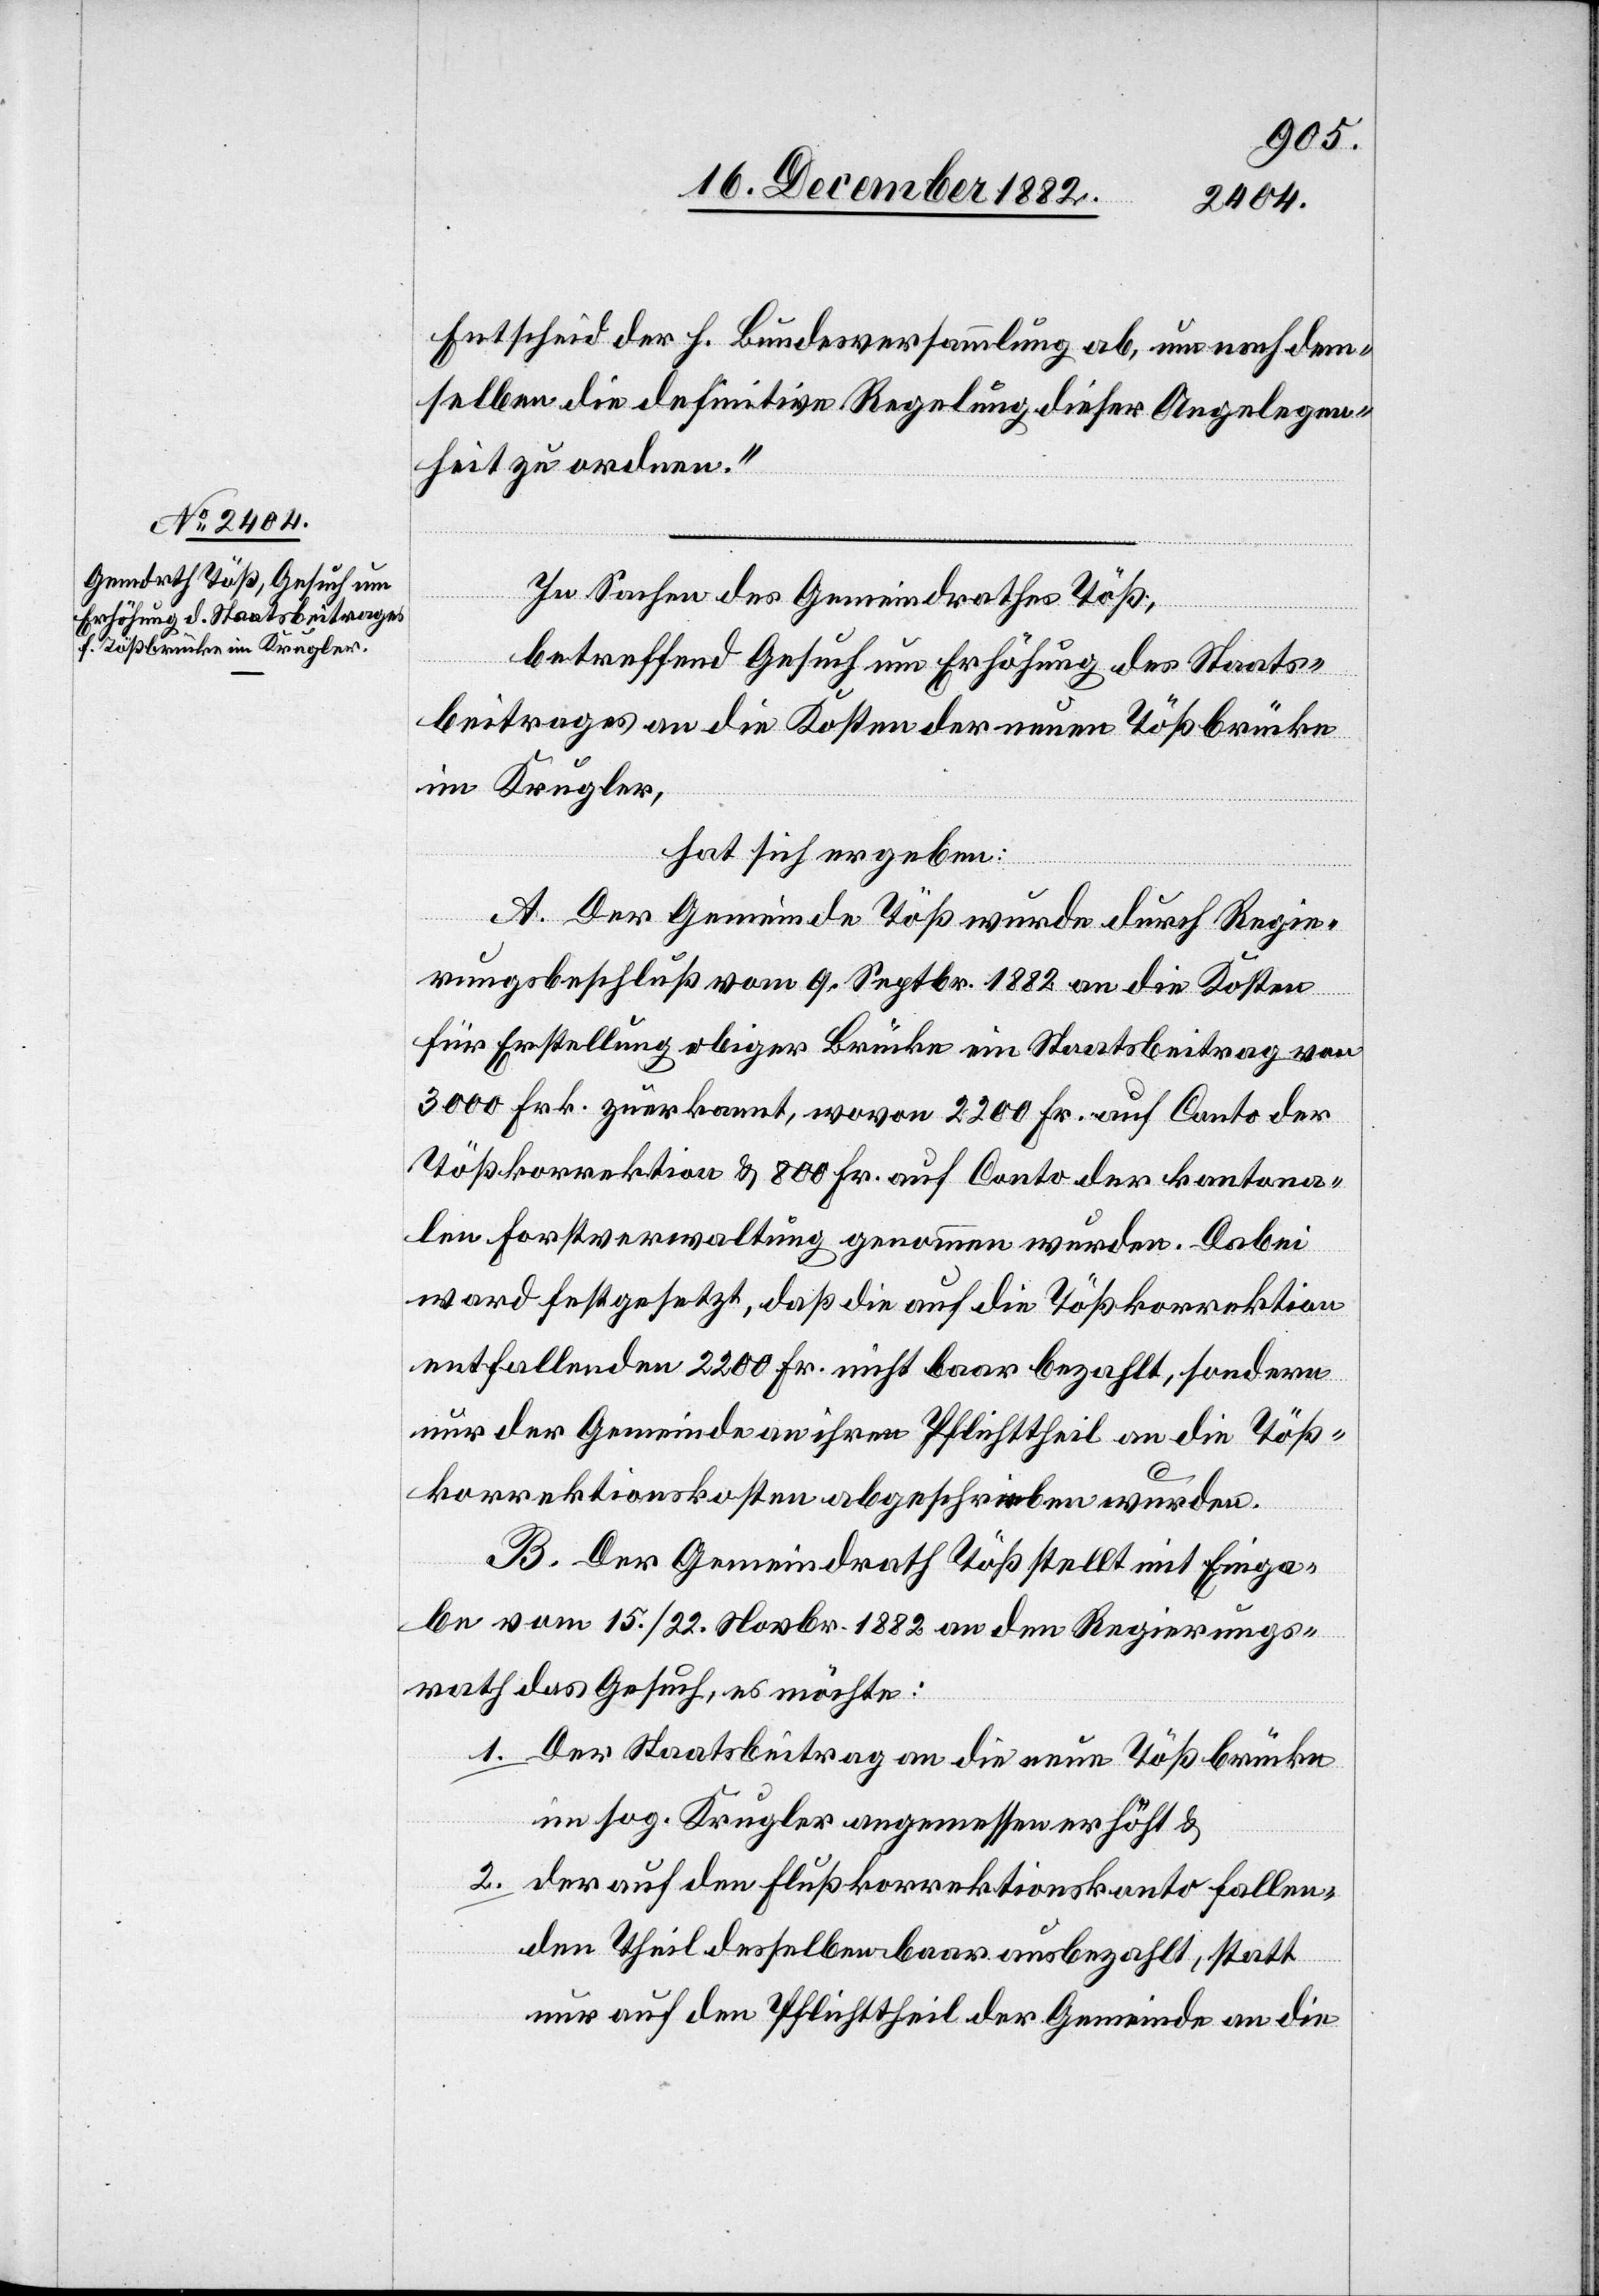
Entscheid der h. Bundesversammlung ab, um nach dem¬
selben die definitive Regelung dieser Angelegen¬
heit zu ordnen.“
In Sachen des Gemeindrathes Töß,
betreffend Gesuch um Erhöhung des Staats¬
beitrages an die Kosten der neuen Tößbrücke
im Krugler,
hat sich ergeben:
A: Der Gemeinde Töß wurde durch Regie¬
rungsbeschluß vom 9. Septbr. 1882 an die Kosten
für Erstellung obiger Brücke ein Staatsbeitrag von
3000 Frk. zuerkannt, wovon 2200 Fr. auf Conto der
Tößkorrektion & 800 Fr. auf Conto der kantona¬
len Forstverwaltung genommen wurden. Dabei
war festgesetzt, daß die auf die Tößkorrektion
entfallenden 2200 Fr. nicht baar bezahlt, sondern
nur der Gemeinde an ihren Pflichttheil an die Töß¬
korrektionskosten abgeschrieben wurden.
B. Der Gemeindrath Töß stellt mit Einga¬
be vom 15./22. Novbr. 1882 an den Regierungs¬
rath das Gesuch, es möchte:
1. Der Staatsbeitrag an die neue Tößbrücke
im sog. Krugler angemessen erhöht &
2. der auf den Flußkorrektionskonto fallen¬
den Theil desselben baar ausbezahlt, statt
nur auf den Pflichttheil der Gemeinde an die